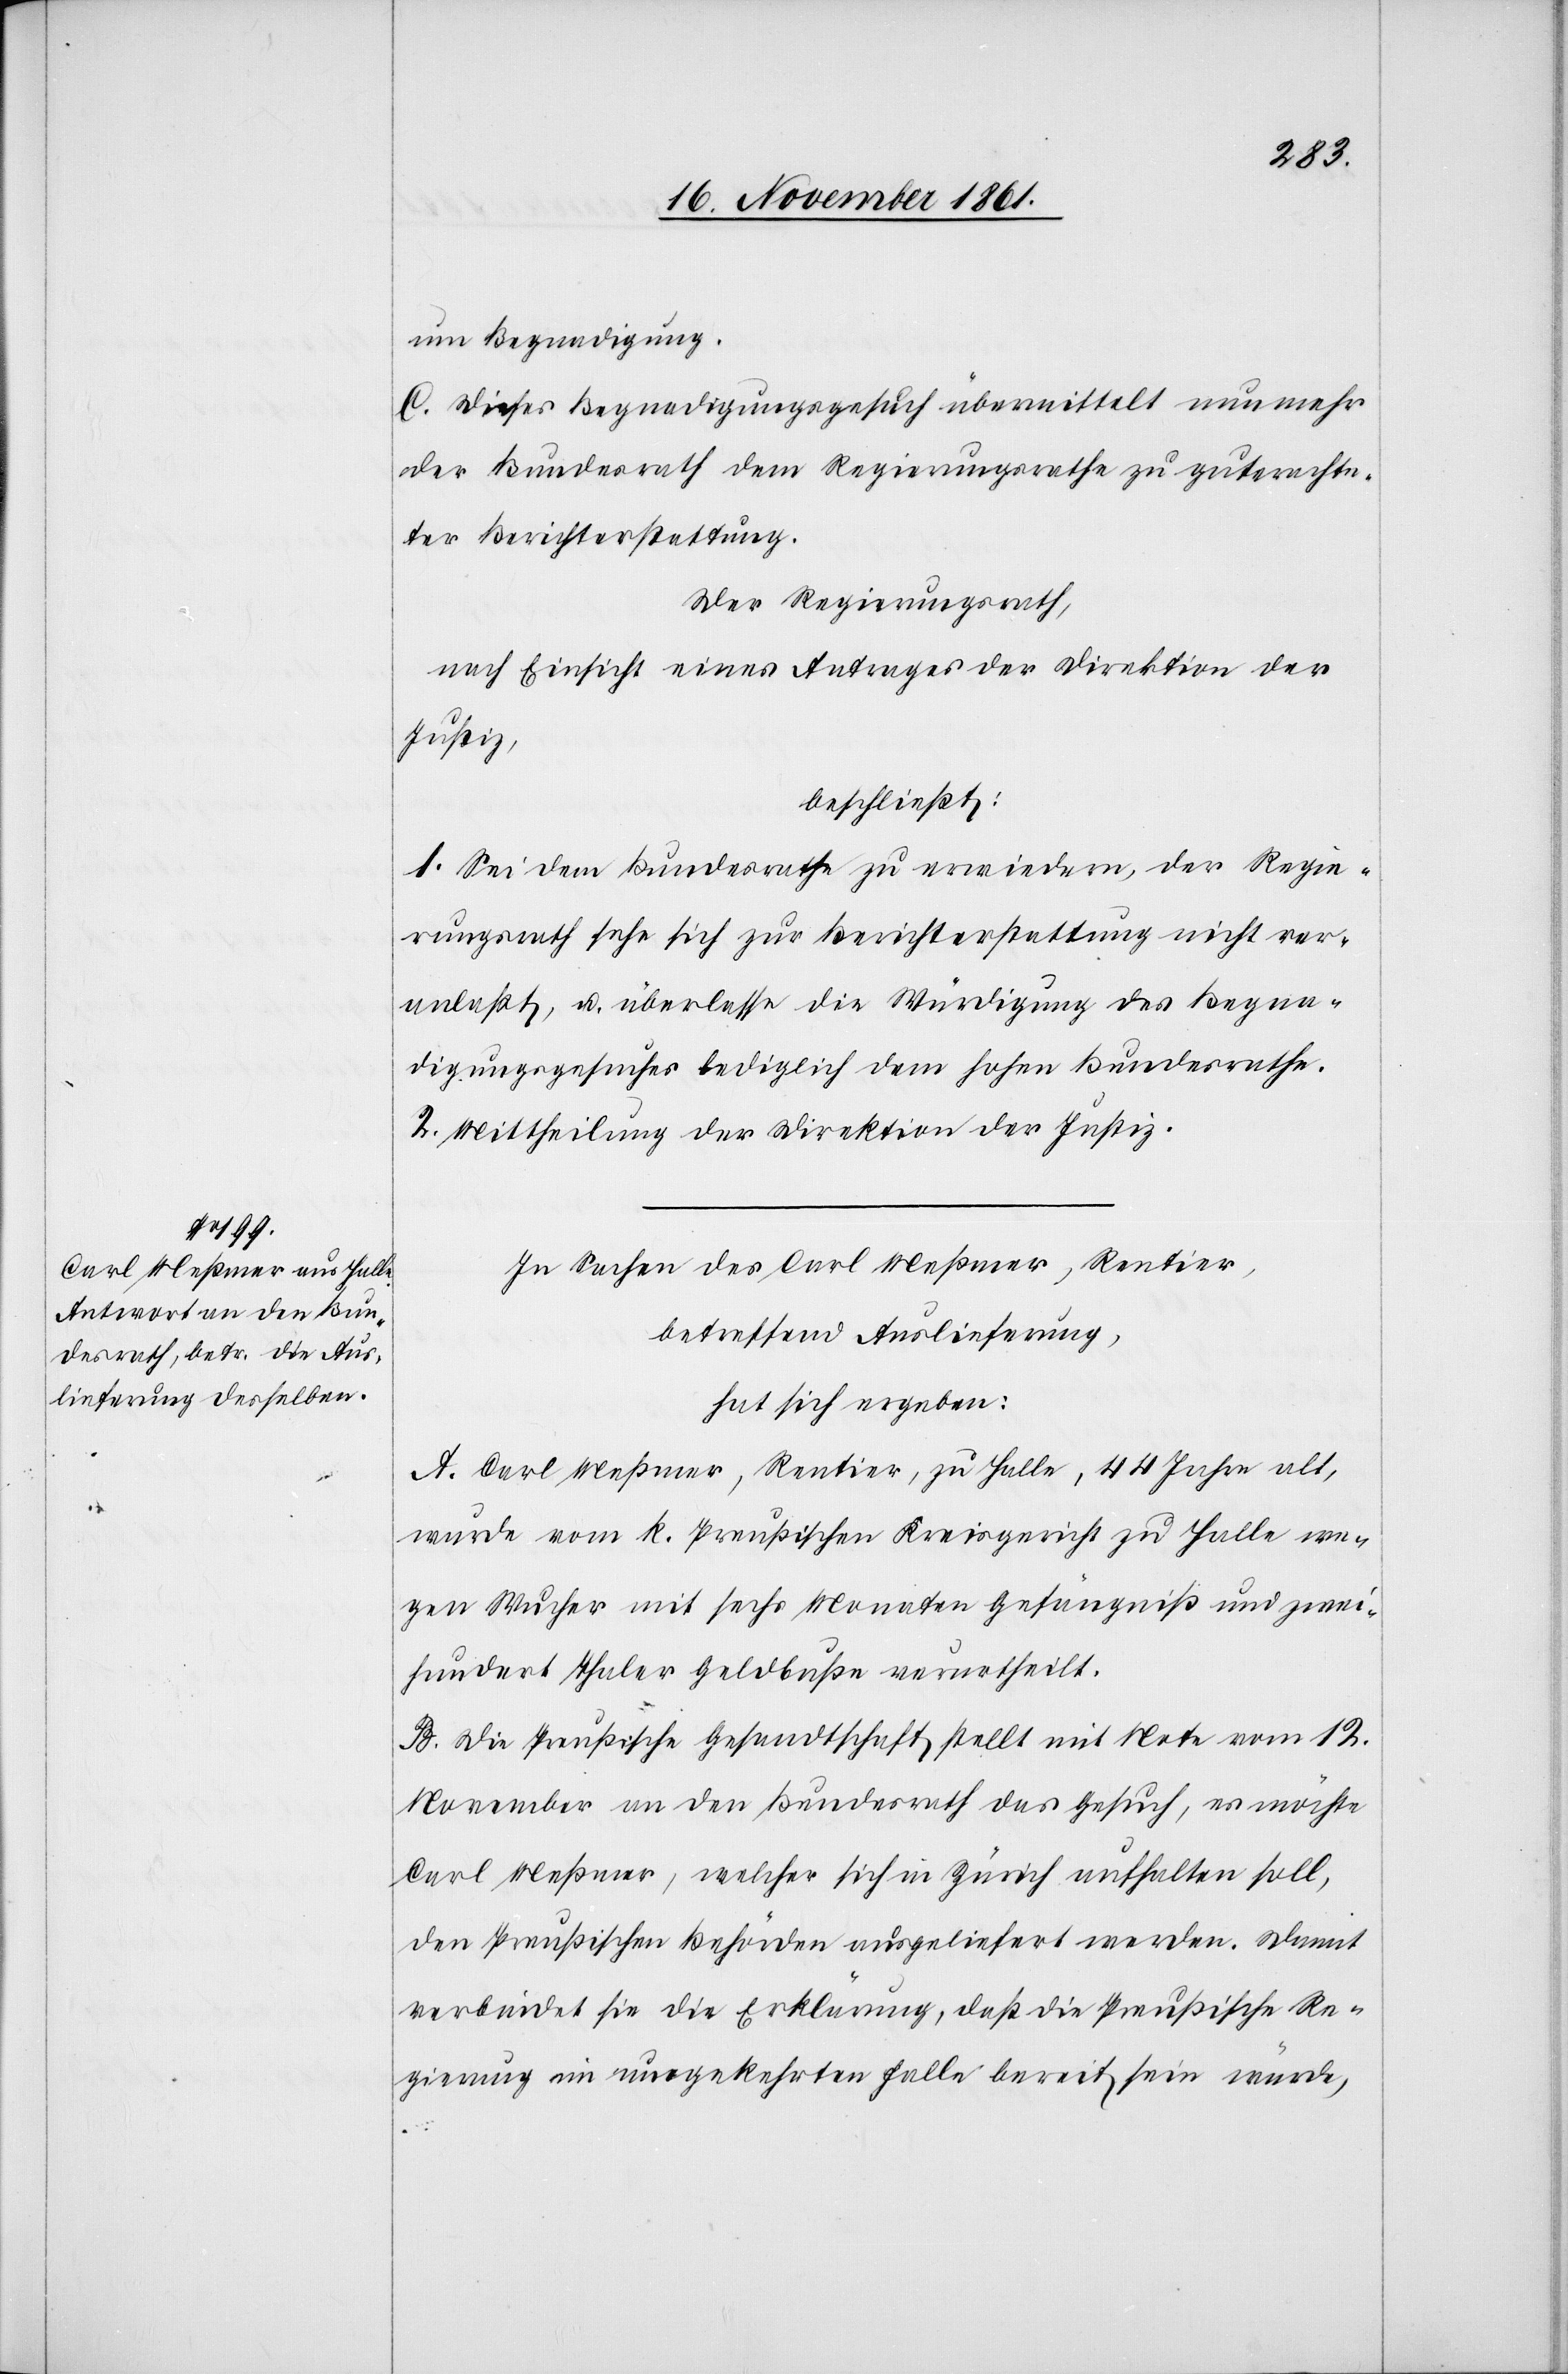
um Begnadigung.
C. Dieses Begnadigungsgesuch übermittelt nunmehr
der Bundesrath dem Regierungsrathe zu guterachten¬
der Berichterstattung.
Der Regierungsrath,
nach Einsicht eines Antrages der Direktion der
Justiz,
beschließt:
1. Sei dem Bundesrathe zu erwiedern, der Regie¬
rungsrath sehe sich zur Berichterstattung nicht ver¬
anlaßt, u. überlasse die Würdigung des Begna¬
digungsgesuches lediglich dem hohen Bundesrathe.
2. Mittheilung der Direktion der Justiz.
In Sachen des Carl Meßmer, Rentier,
betreffend Auslieferung,
hat sich ergeben:
A. Carl Meßmer, Rentier, zu Halle, 44 Jahre alt,
wurde vom k. preußischen Kreisgericht zu Halle we¬
gen Wucher mit sechs Monaten Gefängniß und zwei¬
hundert Taler Geldbuße verurtheilt.
B. Die Preußische Gesandtschaft stellt mit Note vom 12
November an den Bundesrath das Gesuch, es möchte
Carl Meßmer, welcher sich in Zürich aufhalten soll,
den Preußischen Behörden ausgeliefert werden. Damit
verbindet sie die Erklärung, daß die Preußische Re¬
gierung im umgekehrten Falle bereit sein würde,